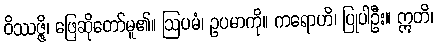
ဝိဿဇ္ဇိ၊ ဖြေဆိုတော်မူ၏။ ဩပမံ၊ ဥပမာကို။ ကရောဟိ၊ ပြုပါဦး။ ဣတိ၊